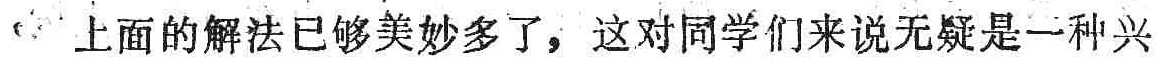
上面的解法已够美妙多了，这对同学们来说无疑是一种兴